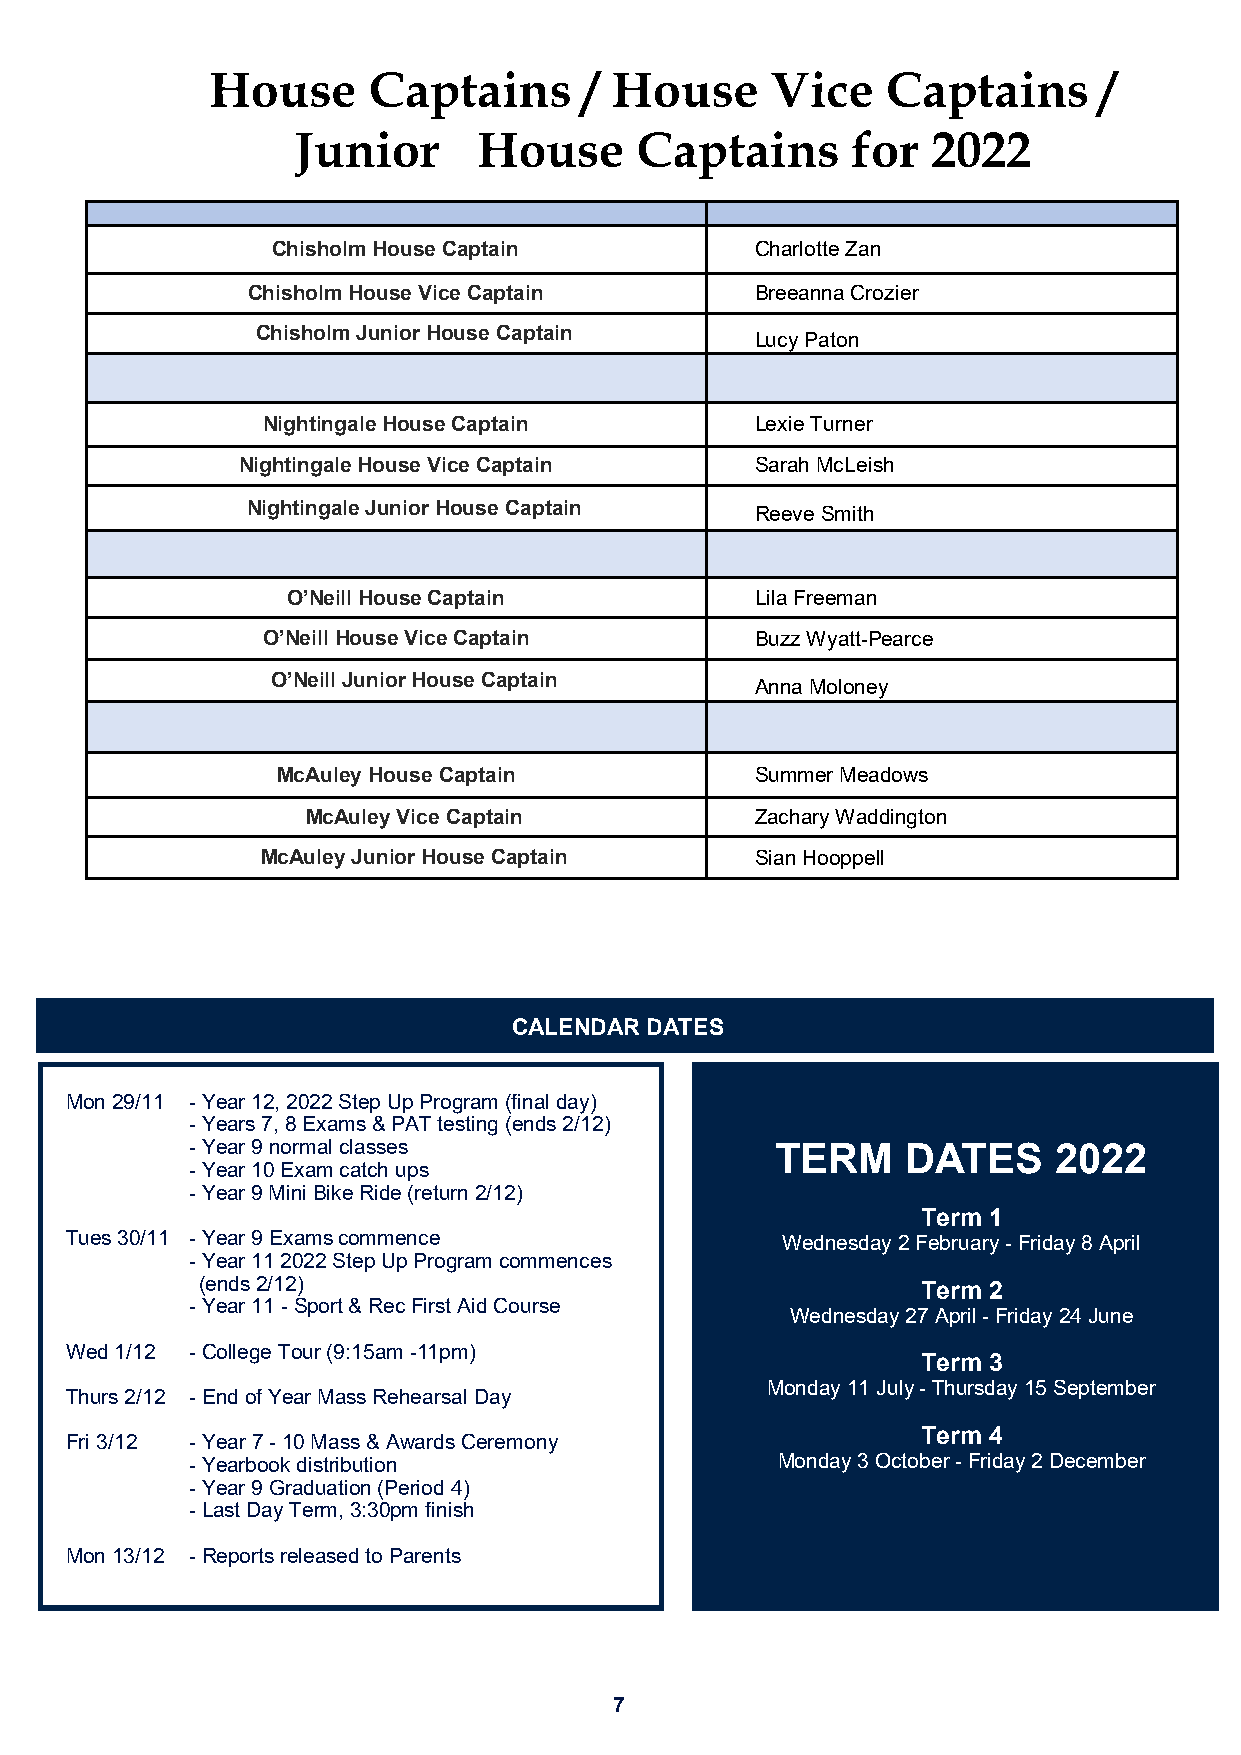
House     Captains       / House     Vice    Captains      /
 Junior      House     Captains      for   2022
 Chisholm House Captain          Charlotte Zan
 Chisholm House Vice Captain       Breeanna Crozier
 Chisholm Junior House Captain
 Lucy Paton
 Nightingale House Captain        Lexie Turner
 Nightingale House Vice Captain    Sarah McLeish
 Nightingale Junior House Captain
 Reeve Smith
 O’Neill House Captain          Lila Freeman
 O’Neill House Vice Captain       Buzz Wyatt-Pearce
 O’Neill Junior House Captain
 Anna Moloney
 McAuley House Captain           Summer Meadows
 McAuley Vice Captain          Zachary Waddington
 McAuley Junior House Captain     Sian Hooppell
 CALENDAR DATES
 Mon 29/11 - Year 12, 2022 Step Up Program (final day)
 - Years 7, 8 Exams & PAT testing (ends 2/12)
 - Year 9 normal classes               TERM     DATES     2022
 - Year 10 Exam catch ups
 - Year 9 Mini Bike Ride (return 2/12)
 Term 1
 Tues 30/11 - Year 9 Exams commence              Wednesday 2 February - Friday 8 April
 - Year 11 2022 Step Up Program commences
 (ends 2/12)                                     Term 2
 - Year 11 - Sport & Rec First Aid Course
 Wednesday 27 April - Friday 24 June
 Wed 1/12 - College Tour (9:15am -11pm)
 Term 3
 Monday 11 July - Thursday 15 September
 Thurs 2/12 - End of Year Mass Rehearsal Day
 Term 4
 Fri 3/12 - Year 7 - 10 Mass & Awards Ceremony
 - Yearbook distribution               Monday 3 October - Friday 2 December
 - Year 9 Graduation (Period 4)
 - Last Day Term, 3:30pm finish
 Mon 13/12 - Reports released to Parents
 7